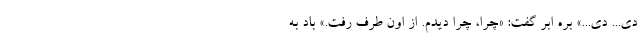
دی... دی...» بره ابر گفت: «چرا، چرا دیدم. از اون طرف رفت.» باد به